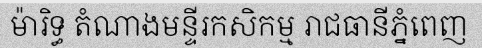
ម៉ារិទ្ធ តំណាងមន្ទីរកសិកម្ម រាជធានីភ្នំពេញ